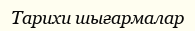
Тарихи шығармалар